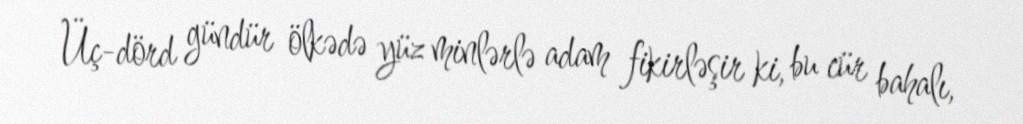
Üç-dörd gündür ölkədə yüz minlərlə adam fikirləşir ki, bu cür bahalı,